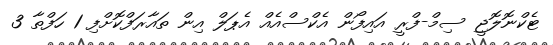
ޓެކްނޮލޮޖީ ސިމް-ފްރީ އައިފޯން އެކްސްއެއް އެޕަލް އިން ތައާރަފްކޮށްފި 1 ހަފްތާ 3